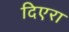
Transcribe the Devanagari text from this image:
दिएरा